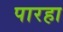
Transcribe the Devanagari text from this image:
पारहा